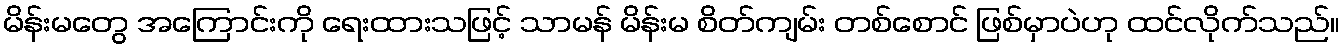
မိန်းမတွေ အကြောင်းကို ရေးထားသဖြင့် သာမန် မိန်းမ စိတ်ကျမ်း တစ်စောင် ဖြစ်မှာပဲဟု ထင်လိုက်သည်။